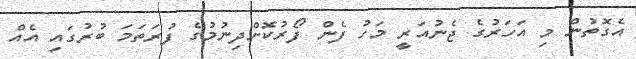
އެގޮތުން މި އަހަރުގެ ޖެނުއަރީ މަހު ފެން ފޯރުކޮށްދިނުމުގެ ފުރަތަމަ ބުރުގައި އެއް